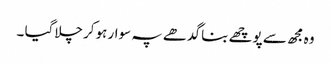
وہ مجھ سے پوچھے بنا گد ھے پہ سوار ہوکر چلاگیا ۔